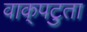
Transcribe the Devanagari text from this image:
वाक्‌पटुता